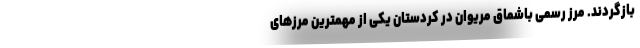
بازگردند. مرز رسمی باشماق مریوان در کردستان یکی از مهمترین مرزهای